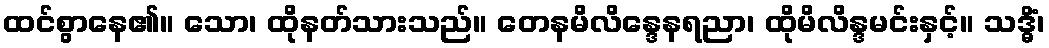
ထင်စွာနေ၏။ သော၊ ထိုနတ်သားသည်။ တေနမိလိန္ဒေနရညာ၊ ထိုမိလိန္ဒမင်းနှင့်။ သဒ္ဓိံ၊